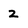
Character: 2